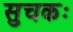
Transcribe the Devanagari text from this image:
सुचकः